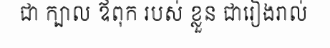
ជា ក្បាល ឪពុក របស់ ខ្លួន ជារៀងរាល់